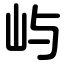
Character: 屿